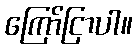
ကြော်ငြာပါ။